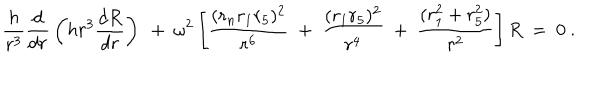
{ \frac { h } { r ^ { 3 } } } { \frac { d } { d r } } \left( h r ^ { 3 } { \frac { d R } { d r } } \right) ~ + ~ \omega ^ { 2 } \left[ { \frac { ( r _ { n } r _ { 1 } r _ { 5 } ) ^ { 2 } } { r ^ { 6 } } } ~ + ~ { \frac { ( r _ { 1 } r _ { 5 } ) ^ { 2 } } { r ^ { 4 } } } ~ + ~ { \frac { ( r _ { 1 } ^ { 2 } + r _ { 5 } ^ { 2 } ) } { r ^ { 2 } } } \right] R ~ = ~ 0 ~ .